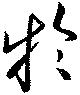
於